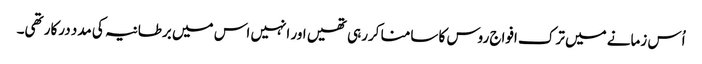
اُس زمانے میں ترک افواج روس کا سامنا کررہی تھیں اور انہیں اس میں برطانیہ کی مدد درکار تھی۔